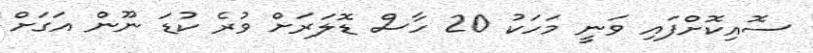
ސޮއިކޮށްފައި ވަނީ މަހަކު 20 ހާސް ޑޮލަރަށް ވުރެ ކުޑަ ނޫން އަގަށް